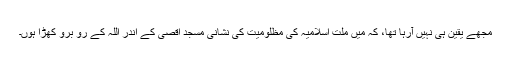
مجھے یقین ہی نہیں آرہا تھا، کہ میں ملت اسلامیہ کی مظلومیت کی نشانی مسجد اقصیٰ کے اندر اللہ کے رو برو کھڑا ہوں۔